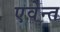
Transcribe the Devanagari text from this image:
एवेन्त